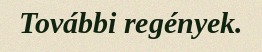
További regények.